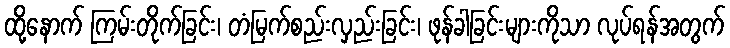
ထို့နောက် ကြမ်းတိုက်ခြင်း၊ တံမြက်စည်းလှည်းခြင်း၊ ဖုန်ခါခြင်းများကိုသာ လုပ်ရန်အတွက်